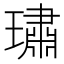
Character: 璛